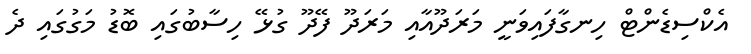
އެކްސިޑެންޓް ހިނގާފައިވަނީ މަރަދޫއާއި މަރަދޫ ފޭދޫ ގުޅޭ ހިސާބުގައި ބޮޑު މަގުގައި ދެ